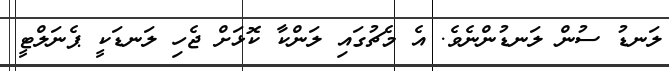
ލަނޑު ސުން ލަނޑުންނެވެ. އެ މެޗުގައި ލަންކާ ކޮޅަށް ޖެހި ލަނޑަކީ ޕެނަލްޓީ